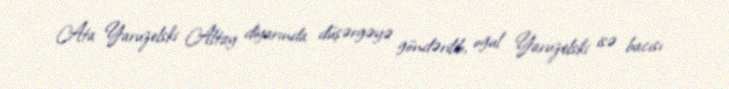
Ata Yaruzelski Altay diyarında düşərgəyə göndərilib, oğul Yaruzelski isə bacısı